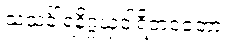
သသင်္ခါရနိဂ္ဂယှဝါရိတဝတော